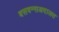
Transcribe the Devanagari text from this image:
बसवन्नाअदालत